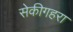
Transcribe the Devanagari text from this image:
सेकीगहरा